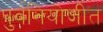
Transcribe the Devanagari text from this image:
पुर्वनियोजीत